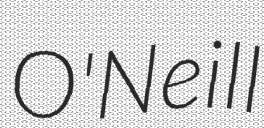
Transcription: O'Neill